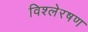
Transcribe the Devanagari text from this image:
विश्लेरषण